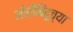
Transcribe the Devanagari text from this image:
मोतीबिंदूच्या